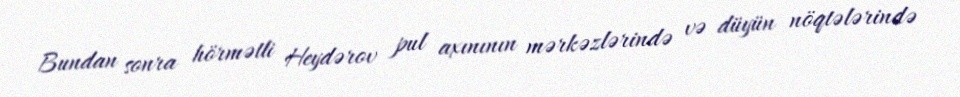
Bundan sonra hörmətli Heydərov pul axınının mərkəzlərində və düyün nöqtələrində